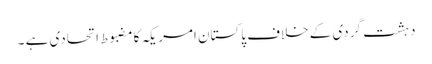
دہشت گردی کے خلاف پاکستان امریکہ کامضبوط اتحادی ہے ۔